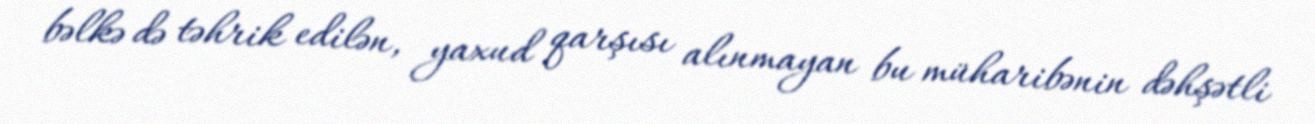
bəlkə də təhrik edilən, yaxud qarşısı alınmayan bu müharibənin dəhşətli